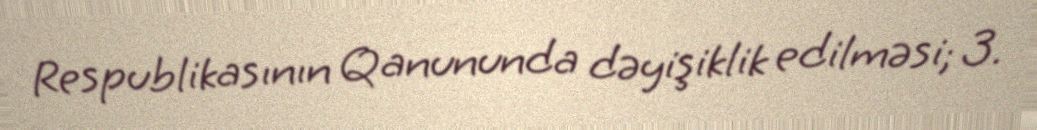
Respublikasının Qanununda dəyişiklik edilməsi; 3.